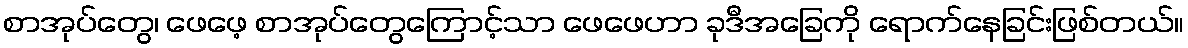
စာအုပ်တွေ၊ ဖေဖေ့ စာအုပ်တွေကြောင့်သာ ဖေဖေဟာ ခုဒီအခြေကို ရောက်နေခြင်းဖြစ်တယ်။